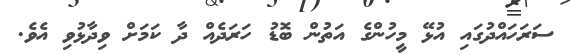
ސަރަހައްދުގައި އުޅޭ މީހުންގެ އަތުން ބޮޑު ހަރަދެއް ދާ ކަމަށް ވިދާޅުވި އެވެ.